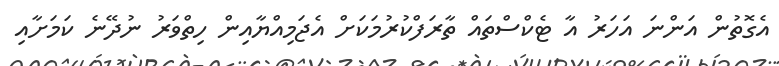
އެގޮތުން އަންނަ އަހަރު އާ ޓެކްސްތައް ތާރަފްކުރުމަކަށް އެޖަމިއްޔާއިން ހިތްވަރު ނުދޭނެ ކަމަށާއި